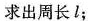
求出周长l；